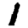
Digit: 1